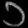
Digit: ၁